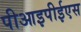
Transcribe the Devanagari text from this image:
पीआइपीईएस